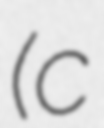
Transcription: (c